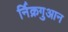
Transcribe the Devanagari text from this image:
र्निक्रगुआन